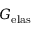
G _ { \mathrm { e l a s } }